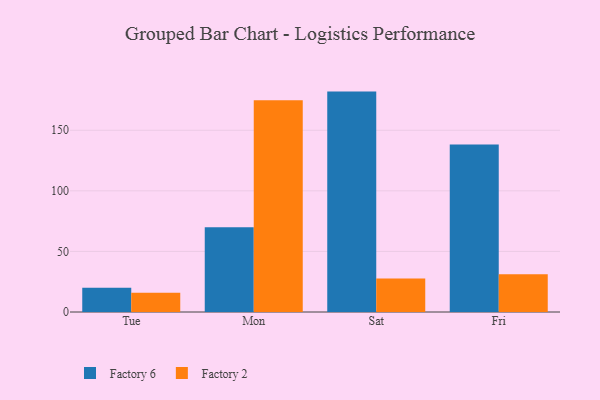
{"axis": {"x": "Day", "y": "Active Users"}, "legend": ["Factory 2", "Factory 6"], "data": [{"x": "Tue", "y": 20.0, "type": "Factory 6"}, {"x": "Tue", "y": 15.9, "type": "Factory 2"}, {"x": "Mon", "y": 70.0, "type": "Factory 6"}, {"x": "Mon", "y": 174.7, "type": "Factory 2"}, {"x": "Sat", "y": 181.9, "type": "Factory 6"}, {"x": "Sat", "y": 27.7, "type": "Factory 2"}, {"x": "Fri", "y": 138.2, "type": "Factory 6"}, {"x": "Fri", "y": 31.2, "type": "Factory 2"}]}